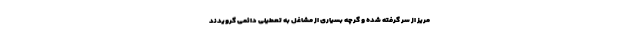
مریز از سر گرفته شده و گرچه بسیاری از مشاغل به تعطیلی دائمی گرویدند